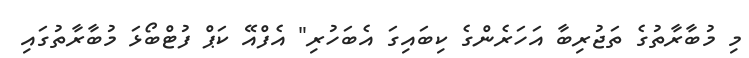
މި މުބާރާތުގެ ތަޖުރިބާ އަހަރެންގެ ކިބައިގަ އެބަހުރި" އެފްއޭ ކަޕް ފުޓްބޯޅަ މުބާރާތުގައި